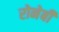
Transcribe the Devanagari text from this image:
रोनेबी